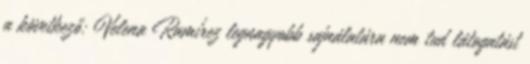
a következő: Velena Ramírez legnagyobb sajnálatára nem tud látogatást